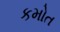
કમોત